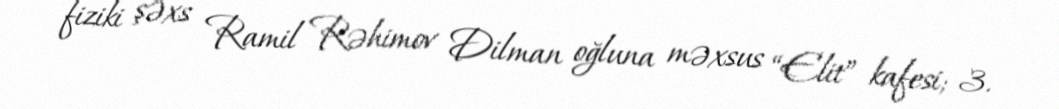
fiziki şəxs Ramil Rəhimov Dilman oğluna məxsus “Elit” kafesi; 3.